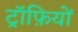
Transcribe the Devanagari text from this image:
ट्रॉफ़ियों